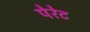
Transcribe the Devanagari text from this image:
पेरेट